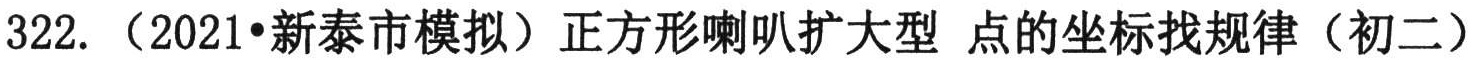
322. （2021•新泰市模拟）正方形喇叭扩大型 点的坐标找规律（初二）